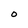
Character: o